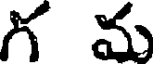
గ మ